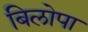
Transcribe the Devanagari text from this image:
बिलोपा